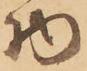
物